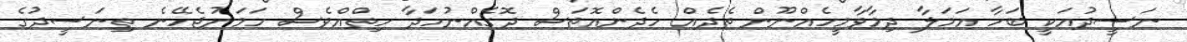
ނަސީދުއަކީ ބަހާ އަމަލާ ދިމާވާމީހެއްނޫން ތެދެއް ހެދެންއޮތަސް ދޮގެއްނުހަދާ ހިތްއްވެސް ހަމަނުޖެހޭނެ ތިނަސީދުގެ